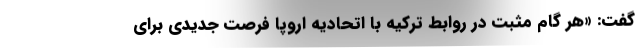
گفت: «هر گام مثبت در روابط ترکیه با اتحادیه اروپا فرصت جدیدی برای